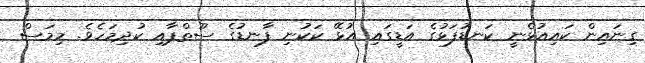
ގިނައިން ކައިއުޅެނީ ކަނޑުފަޅުގެ އަޑީގައި އުޅޭ ކަކުނި ފާނޑުގެ ސޫތްޕާއި ކުދިމަހެވެ. މިމަސް